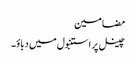
مضامین
چینل پر استنبول میں دباؤ۔